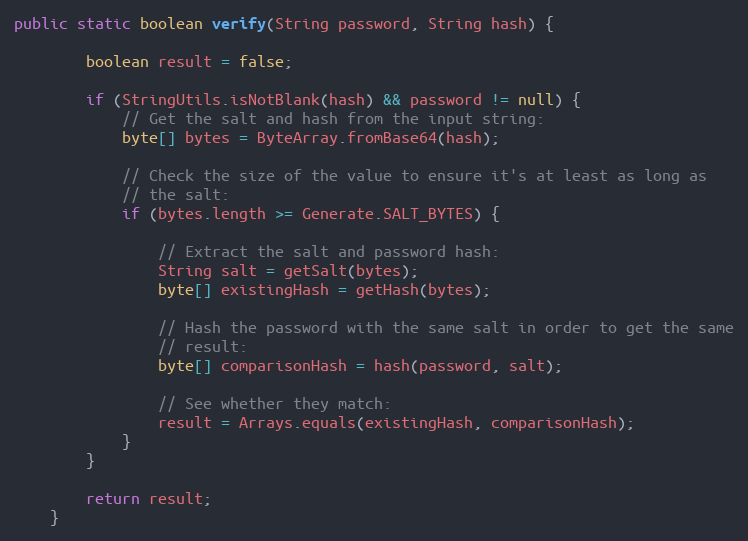
Language: Java
public static boolean verify(String password, String hash) {

        boolean result = false;

        if (StringUtils.isNotBlank(hash) && password != null) {
            // Get the salt and hash from the input string:
            byte[] bytes = ByteArray.fromBase64(hash);

            // Check the size of the value to ensure it's at least as long as
            // the salt:
            if (bytes.length >= Generate.SALT_BYTES) {

                // Extract the salt and password hash:
                String salt = getSalt(bytes);
                byte[] existingHash = getHash(bytes);

                // Hash the password with the same salt in order to get the same
                // result:
                byte[] comparisonHash = hash(password, salt);

                // See whether they match:
                result = Arrays.equals(existingHash, comparisonHash);
            }
        }

        return result;
    }